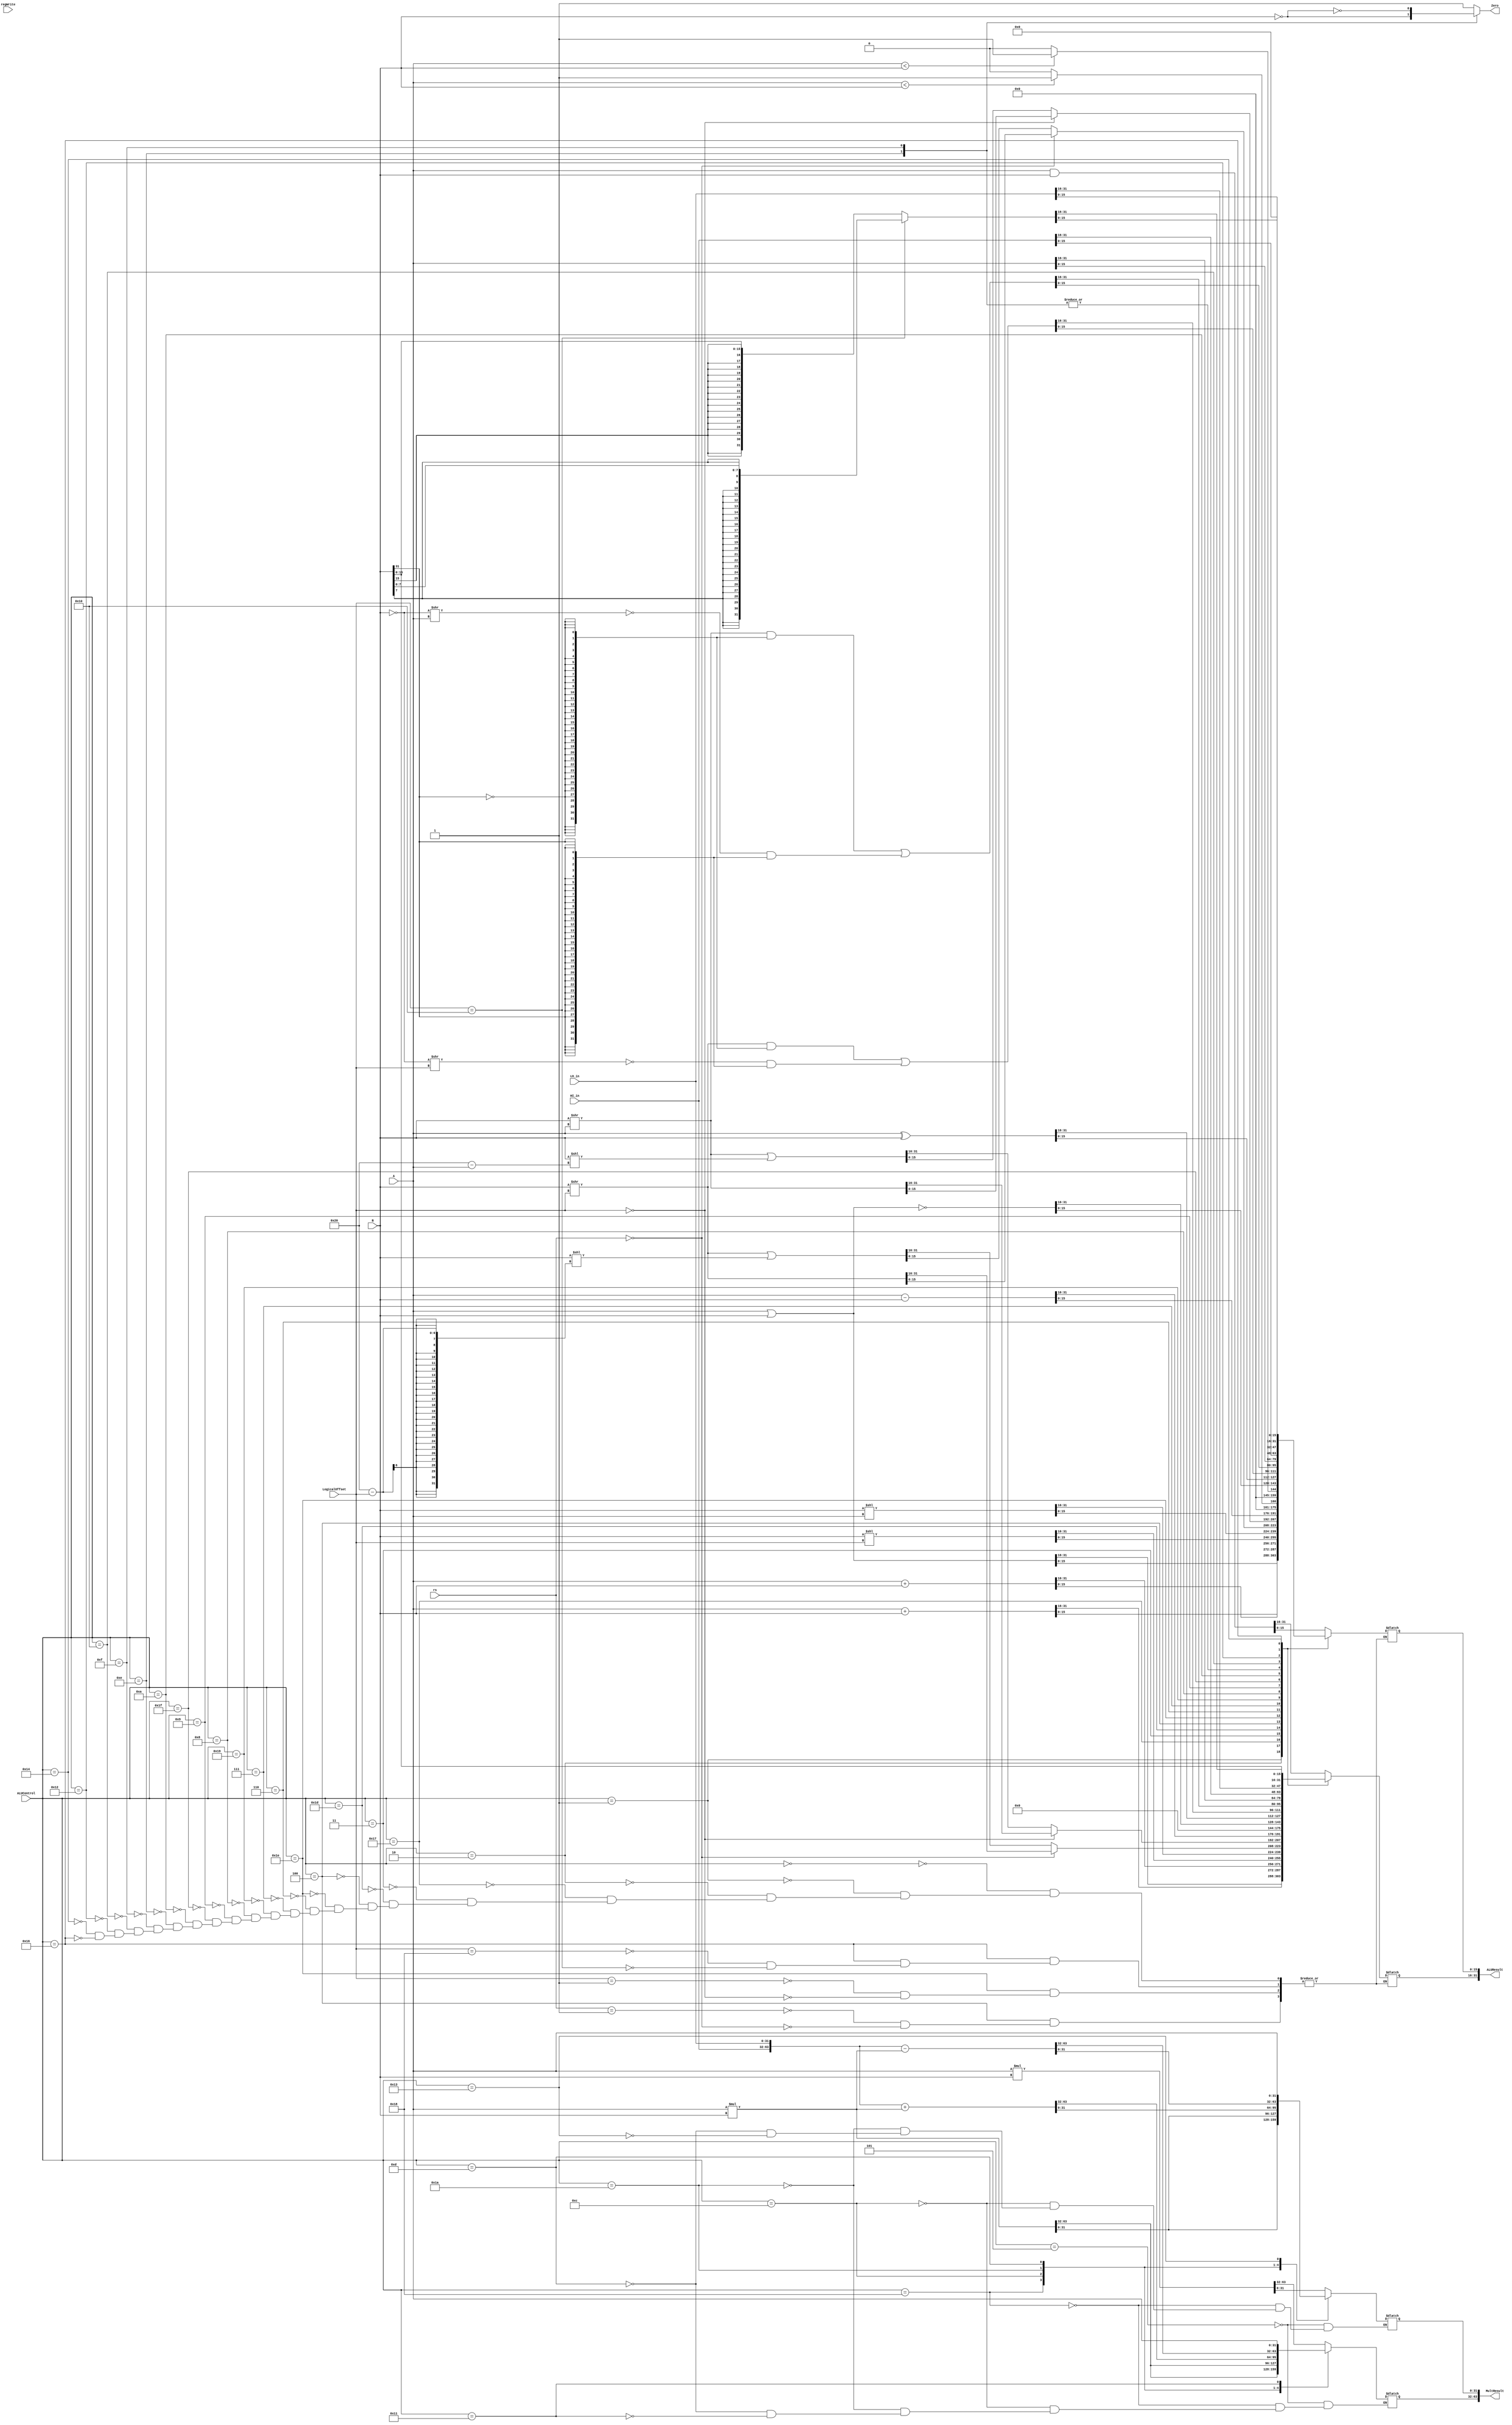
`timescale 1ns / 1ps

////////////////////////////////////////////////////////////////////////////////
// ECE369 - Computer Architecture
// 
// Module - ALU32Bit.v
// Description - 32-Bit wide arithmetic logic unit (ALU).
//
// INPUTS:-
// ALUControl: N-Bit input control bits to select an ALU operation.
// A: 32-Bit input port A.
// B: 32-Bit input port B.
//
// OUTPUTS:-
// ALUResult: 32-Bit ALU result output.
// ZERO: 1-Bit output flag. 
//
// FUNCTIONALITY:-
// Design a 32-Bit ALU, so that it supports all arithmetic operations 
// needed by the MIPS instructions given in Labs5-8.docx document. 
//   The 'ALUResult' will output the corresponding result of the operation 
//   based on the 32-Bit inputs, 'A', and 'B'. 
//   The 'Zero' flag is high when 'ALUResult' is '0'. 
//   The 'ALUControl' signal should determine the function of the ALU 
//   You need to determine the bitwidth of the ALUControl signal based on the number of 
//   operations needed to support. 
//
// Op|'ALUControl' value | Description | Notes
// ==========================
// ADDITION       | 0000 | ALUResult = A + B
// SUBRACTION     | 0001 | ALUResult = A - B
// MULTIPLICATION | 0010 | ALUResult = A * B        (see notes below)
// AND            | 0011 | ALUResult = A and B
// OR             | 0100 | ALUResult = A or B
// SET LESS THAN  | 0101 | ALUResult =(A < B)? 1:0  (see notes below)
// SET EQUAL      | 0110 | ALUResult =(A=B)  ? 1:0
// SET NOT EQUAL  | 0111 | ALUResult =(A!=B) ? 1:0
// LEFT SHIFT     | 1000 | ALUResult = A << B       (see notes below)
// RIGHT SHIFT    | 1001 | ALUResult = A >> B	    (see notes below)
// COUNT ONES     | 1010 | ALUResult = A CLO        (see notes below)
// COUNT ZEROS    | 1011 | ALUResult = A CLZ        (see notes below)
//
////////////////////////////////////////////////////////////////////////////////

module ALU32Bit(ALUControl, A, B, regWrite, rs, LogicalOffset, ALUResult, Zero, MultResult, HI_in, LO_in);

	input [4:0] ALUControl; 	// Control bits for ALU operation
    input [4:0] rs, LogicalOffset;                            // you need to adjust the bitwidth as needed
	input [31:0] A, B, HI_in, LO_in;	 
	input regWrite;   	// Inputs
	
    
	output reg [31:0] ALUResult;	// 32 bit outputs
	output reg Zero;	
	
	reg [31:0] RegOutput;
	
	output reg [63:0] MultResult;	
	
    initial begin
        MultResult = 0;
    end

    always @ (ALUControl, A, B) begin
		Zero <= 1;

		case(ALUControl)

			// AND, ANDI
			5'b00000: begin 
					ALUResult <= A & B;	
					
				  end 

			// OR, ORI, SEB, SEH???          
			5'b00001: begin
					ALUResult[31:0] <= A | B;
						
				  end 

			// ADDITION, add, lw, sw, lb, sb, lh, sh         
			5'b00010: begin 
			        ALUResult = $signed(A) + $signed(B);
				  end 
				  
		    // addu
            5'b10111: begin
                ALUResult = $unsigned(A) + $unsigned(B);
            end
			// LEFT SHIFT, SLL	
			5'b00011: begin
			     ALUResult = B << LogicalOffset;
			end
			5'b11101: ALUResult <= B << A;	   

			// RIGHT SHIFT, SRL, SRLV, SRA, SRAV		 
			5'b00100: begin   // srl and rotr
			case (rs)
			     5'b00001: ALUResult <= (B >> LogicalOffset) | (B << (32 - LogicalOffset));
			     5'b00000: ALUResult <= B >> LogicalOffset;
			endcase 		
            end
			
			5'b11110: begin   // srlv and rotrv
			case (LogicalOffset)
			     5'b00001: ALUResult <=  B >> A | B << (32 - A);
			     5'b00000: ALUResult <= B >> A;
			endcase 		
            end
			// MULTIPLICATION -> MUL, MULT, MULTU		
			5'b00101: begin // mult
			 MultResult <= $signed(A) * $signed(B);
			
            end
            5'b11000: begin // mul
                MultResult <= A * B;
            end
            5'b01100: begin // MULTU
			 MultResult <= $unsigned(A) * $unsigned(B);
            end
			// SUBTRACTION, BEQ, BNE          
			5'b00110: begin  
					ALUResult[31:0] <= A - B;	 
				  end 

			// SET LESS THAN, BLTZ, BGEZ,  
			5'b00111: ALUResult <= ($signed(A) < $signed(B)) ? 1 : 0; // check to make sure this is right
			
			//SLTIU, SLTU 
			5'b11001: ALUResult <= ($unsigned(A) < $unsigned(B)) ? 1 : 0;
			
//			5'b11100: ;


			// NOR 		 
			5'b01000: begin
					ALUResult <= ~(A | B);	
				  end

			// XOR, XORI        
			5'b01001: begin 
					ALUResult[31:0] <= A ^ B;	
				  end 
            5'b11111:  ALUResult <= ((B >> LogicalOffset) & {32{~B[31]}}) | (~(~B >> LogicalOffset) & {32{B[31]}}); //sra
            5'b01010: ALUResult <= ((B >> A) & {32{~B[31]}}) | (~(~B >> A) & {32{B[31]}});

//			// DIVIDE                            
//			5'b01011: begin						
//					ALUResult <= A / B;	// quotient
//					HIReg <= A % B;	// remainder
//				  end 

			// MADD         
			5'b11010: begin 
			MultResult = {HI_in, LO_in} + (A * B);
            end
			// MSUB         
			5'b01101: begin 
			MultResult = {HI_in, LO_in} - (A * B);
            end

			// MOVZ         
			5'b01110: begin 
			     ALUResult <= A; 
			     Zero <= (B == 0);
            end
			// MOVN         
			5'b01111: begin
			      ALUResult <= A; 
			     Zero <= ~(B == 0);
            end
			// MFHI           
			5'b10000: ALUResult <= HI_in;

			// MTHI              
			5'b10001: MultResult[63:32] <= A;

			// MFLO
			5'b10010: begin 
			     ALUResult <= LO_in;
			     end

			// MTLO
			5'b10011: MultResult[31:0] <= A;

			// LUI
			5'b10100: begin						
					ALUResult[31:16] <= B[15:0];
					ALUResult[15:0] <= 16'b0;
				  end 

			// SEB -> which is faster, concatenating or assigning?         
			// SEH                 
			5'b10110: begin		
			case (LogicalOffset)
			     5'b11000: ALUResult = { {16{B[15]}}, B[15:0] };
			     5'b10000: ALUResult = { {24{B[7]}}, B[7:0] };
			endcase				
		    end 
		endcase
		
		
	end
	
	
endmodule